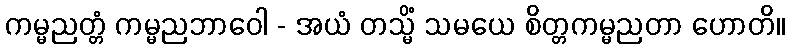
ကမ္မညတ္တံ ကမ္မညဘာဝေါ - အယံ တသ္မိံ သမယေ စိတ္တကမ္မညတာ ဟောတိ။